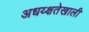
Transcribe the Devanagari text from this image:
अधय्क्षतेखाली